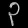
Digit: ၃